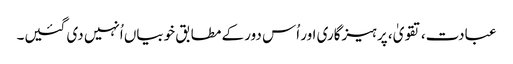
عبادت، تقویٰ، پرہیزگاری اور اُس دور کے مطابق خوبیاں اُنہیں دی گئیں۔